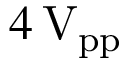
4 \, \mathrm { V _ { p p } }